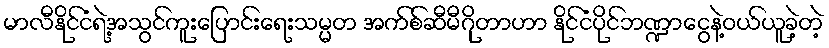
မာလီနိုင်ငံရဲ့အသွင်ကူးပြောင်းရေးသမ္မတ အက်စ်ဆီမီဂိုတာဟာ နိုင်ငံပိုင်ဘဏ္ဍာငွေနဲ့ဝယ်ယူခဲ့တဲ့